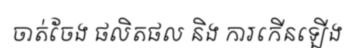
ចាត់ចែង ផលិតផល និង ការកើនឡើង